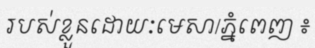
របស់ខ្លួនដោយៈមេសា/ភ្នំពេញ ៖